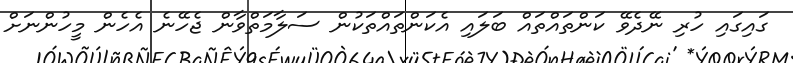
ގައިގައި ހުރި ނޭދެވޭ ކަންތައްތައް ބަލައި އެކަންތައްތަކުން ސަލާމަތްވާން ޖެހޭނެ އެހެން މީހުންނަށް